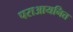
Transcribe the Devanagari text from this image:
पराआयनित